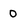
Character: 0